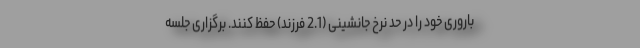
باروری خود را در حد نرخ جانشینی (2.1 فرزند) حفظ کنند. برگزاری جلسه